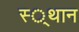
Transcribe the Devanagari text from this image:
स्‍्थान